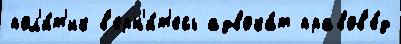
пол'и́т'ик в'ерн'и́т'есь адвока́т правов'е́д